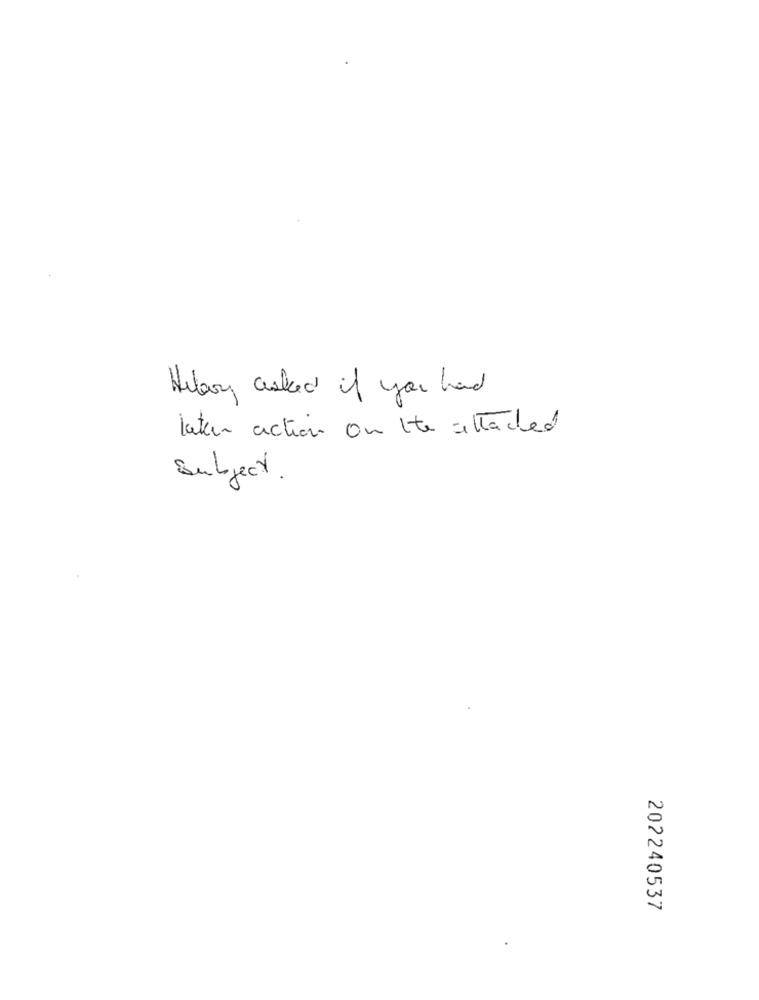
Hilary asked if you had
later action on the attached
Subject .
202240537